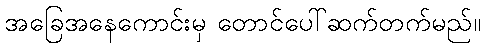
အခြေအနေကောင်းမှ တောင်ပေါ်ဆက်တက်မည်။